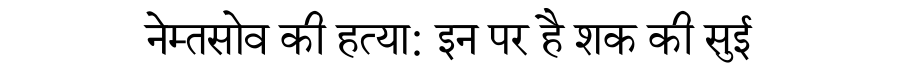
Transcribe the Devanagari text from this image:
नेम्तसोव की हत्या: इन पर है शक की सुई